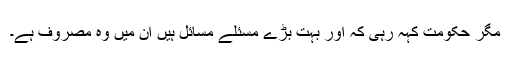
مگر حکومت کہہ رہی کہ اور بہت بڑے مسئلے مسائل ہیں اُن میں وہ مصروف ہے۔